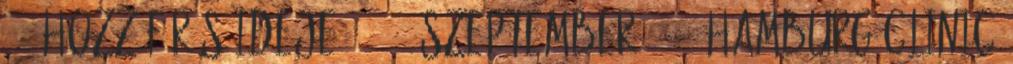
22. Hozzáférés ideje: 2014. szeptember 22. ↑ Hamburg clinic